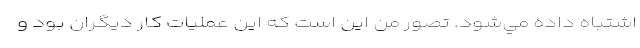
اشتباه داده مي‌شود. تصور من اين است كه اين عمليات كار ديگران بود و